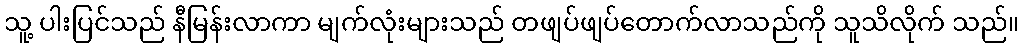
သူ့ ပါးပြင်သည် နီမြန်းလာကာ မျက်လုံးများသည် တဖျပ်ဖျပ်တောက်လာသည်ကို သူသိလိုက် သည်။